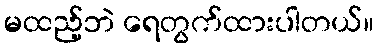
မထည့်ဘဲ ရေတွက်ထားပါတယ်။